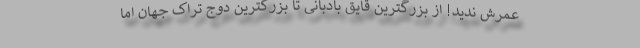
عمرش ندید! از بزرگترین قایق بادبانی تا بزرگترین دوج تراک جهان اما